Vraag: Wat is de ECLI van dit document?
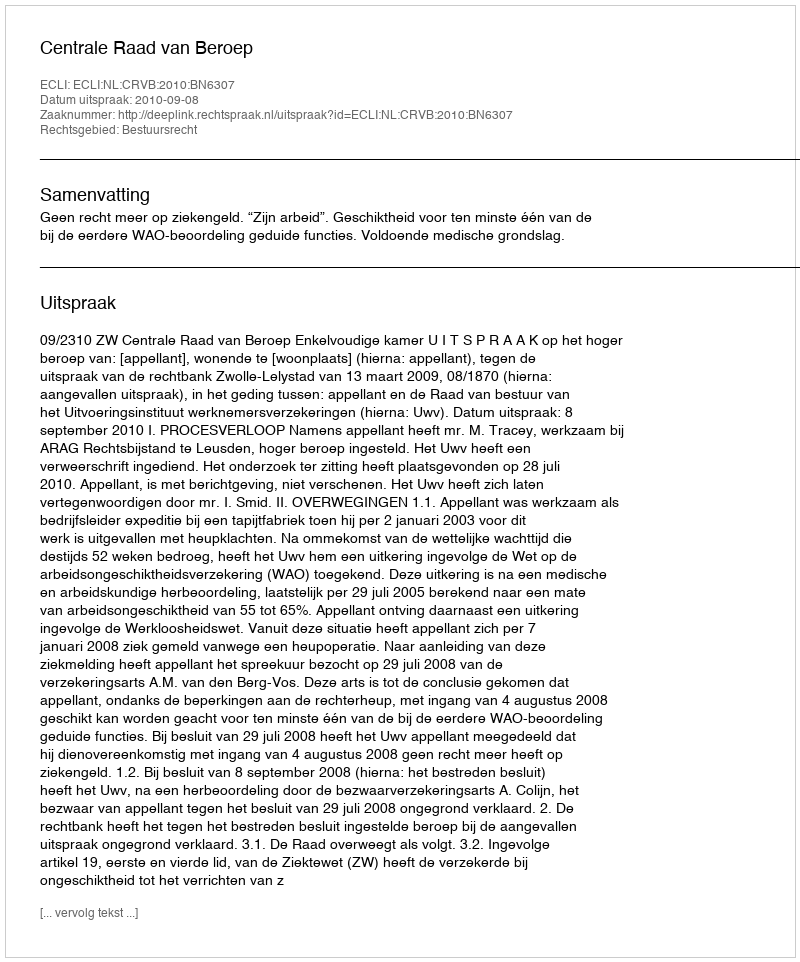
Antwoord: ECLI:NL:CRVB:2010:BN6307